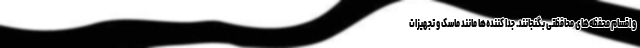
و اقسام محفظه‌های محافظتی بگنجانند. جدا کننده‌ها مانند ماسک و تجهیزات